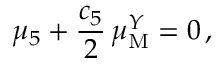
\mu _ { 5 } + \frac { c _ { 5 } } { 2 } \, \mu _ { \mathrm { M } } ^ { Y } = 0 \, ,